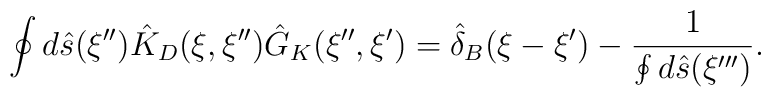
\oint{d}\hat{s}(\xi''){\hat{K}_D}(\xi,\xi''){\hat{G}_K}(\xi'',\xi')={\hat{\delta}_B}(\xi-\xi')-{1\over{\oint{d}\hat{s}(\xi''')}}.